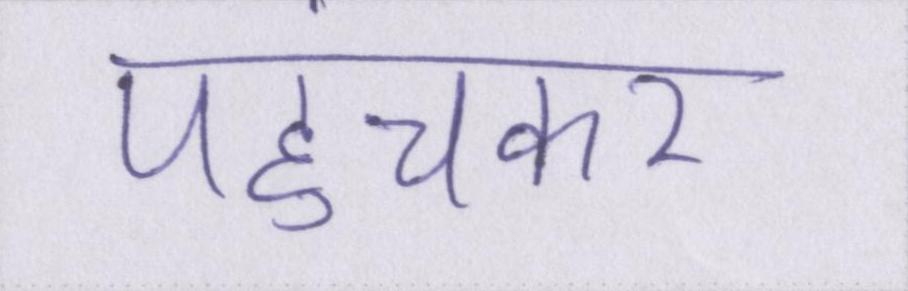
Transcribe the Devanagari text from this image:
पहुंचकर